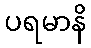
ပရမာနိ